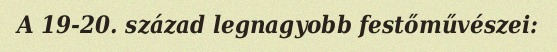
A 19-20. század legnagyobb festőművészei: